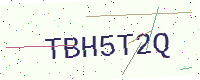
Text: TBH5T2Q